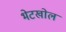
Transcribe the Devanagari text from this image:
भेटखोल